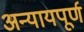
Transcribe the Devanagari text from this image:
अन्‍यायपूर्ण